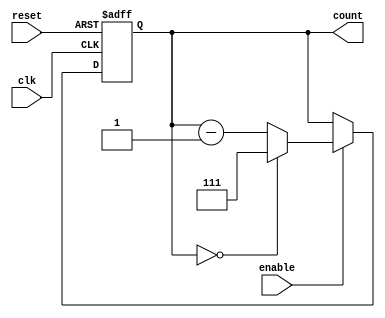
module binary_down_counter (
    input wire clk,       // Clock input
    input wire reset,     // Asynchronous active-high reset
    input wire enable,    // Active-high enable signal
    output reg [2:0] count // 3-bit output for the current count value
);

    // Define the maximum value for a 3-bit counter
    localparam MAX_COUNT = 3'b111; // 7 in decimal

    // Behavior description
    always @(posedge clk or posedge reset) begin
        if (reset) begin
            // On reset, set count to the maximum value
            count <= MAX_COUNT;
        end else if (enable) begin
            // Count down, wrapping around to MAX_COUNT
            if (count == 3'b000) begin
                count <= MAX_COUNT; // Wrap around
            end else begin
                count <= count - 1; // Decrement the count
            end
        end
        // If enable is low, the count remains the same (hold condition)
    end

endmodule